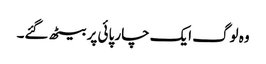
وہ لوگ ایک چار پائی پر بیٹھ گئے۔